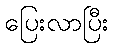
ပြေးလာပြီး